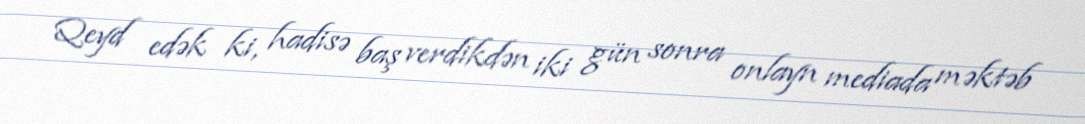
Qeyd edək ki, hadisə baş verdikdən iki gün sonra onlayn mediada məktəb